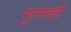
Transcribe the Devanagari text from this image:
गुत्सको